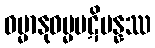
ဓမ္မာနုဓမ္မပဋိပန္နဿ